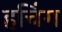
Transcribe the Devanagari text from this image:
हचिंग